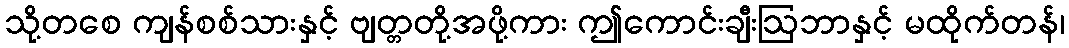
သို့တစေ ကျန်စစ်သားနှင့် ဗျတ္တတို့အဖို့ကား ဤကောင်းချီးဩဘာနှင့် မထိုက်တန်၊